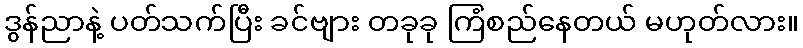
ဒွန်ညာနဲ့ ပတ်သက်ပြီး ခင်ဗျား တခုခု ကြံစည်နေတယ် မဟုတ်လား။